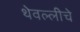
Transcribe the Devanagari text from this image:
थेवल्लीचे